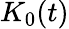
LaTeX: K_{0}(t)